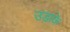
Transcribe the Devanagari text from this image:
उड़ाके